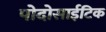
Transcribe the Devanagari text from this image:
पोदोसाईटिक